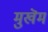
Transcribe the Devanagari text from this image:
मुखॆम